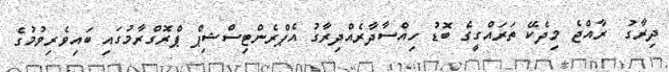
ދިރާގު  ރާއްޖެ މިދެކޭ ތަރައްގީގެ ބޮޑު ހިއްސާދާރެއްދިރާގު އެޕްރެންޓިސްޝިޕް ޕްރޮގްރާމުގައި ބައިވެރިވުމުގެ